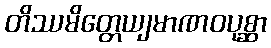
တိဿမိတ္တေယျမာဏဝပုစ္ဆာ